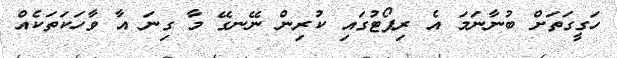
ހަގީގަތަށް ބުނާނަމަ އެ ރިޕޯޓުގައި ކުރިން ނޭނގޭ މާ ގިނަ އާ ވާހަކަތަކެއް